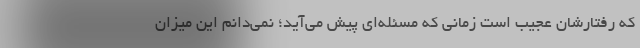
که رفتارشان عجیب است زمانی که مسئله‌ای پیش می‌آید؛ نمی‌دانم این میزان